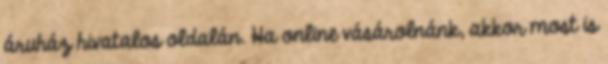
áruház hivatalos oldalán. Ha online vásárolnánk, akkor most is